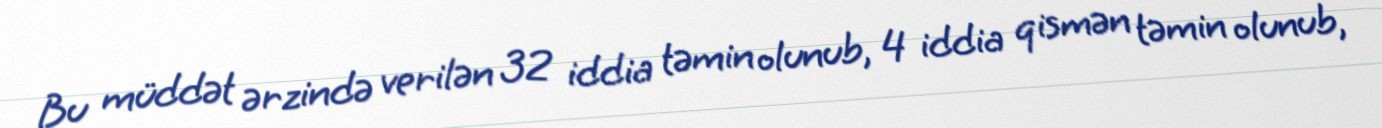
Bu müddət ərzində verilən 32 iddia təmin olunub, 4 iddia qismən təmin olunub,